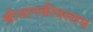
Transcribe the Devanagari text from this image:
श्रीजानकीवल्लभ